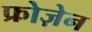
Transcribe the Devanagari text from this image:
फ्रोज़ेन